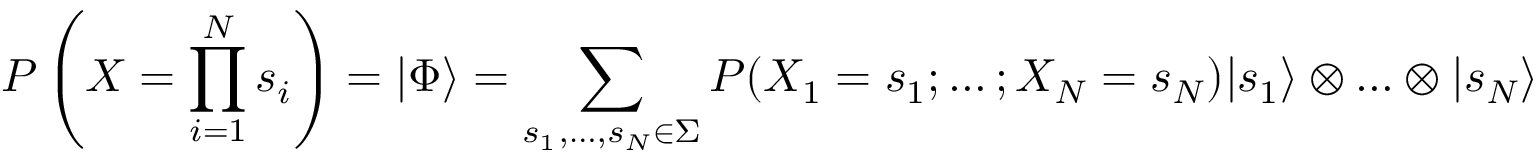
P \left( X = \prod _ { i = 1 } ^ { N } s _ { i } \right) = | \Phi \rangle = \sum _ { s _ { 1 } , \ldots , s _ { N } \in \Sigma } P ( X _ { 1 } = s _ { 1 } ; \ldots ; X _ { N } = s _ { N } ) | s _ { 1 } \rangle \otimes \ldots \otimes | s _ { N } \rangle